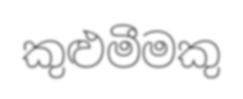
කුළුමීමකු